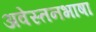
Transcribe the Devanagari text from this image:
अवेस्तनभाषा